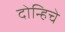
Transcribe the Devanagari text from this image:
दोन्हिचे